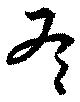
冬